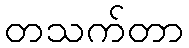
တသက်တာ